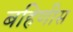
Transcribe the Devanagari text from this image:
बहिणीस